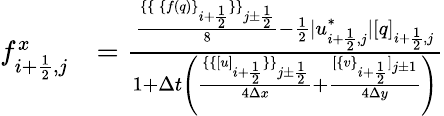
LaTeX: \begin{array}{rl}{f_{i+\frac 12,j}^{x}}&{=\frac{\frac{\{ \{ \, \{ f(q)\} _{i+\frac 12}\} \} _{j\pm\frac 12}}{8}-\frac 12|u_{i+\frac 12,j}^{*}|[q]_{i+\frac 12,j}}{1+\Delta t\left(\frac{\{ \{ [u]_{i+\frac 12}\} \} _{j\pm\frac 12}}{4\Delta x}+\frac{[\{ v\} _{i+\frac 12}]_{j\pm 1}}{4\Delta y}\right)}}\end{array}